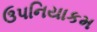
ઉપનિયાકમ